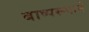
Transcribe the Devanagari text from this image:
बाष्परूपाने